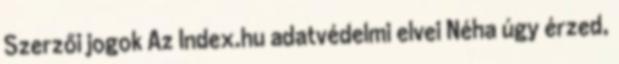
Szerzői jogok Az Index.hu adatvédelmi elvei Néha úgy érzed,